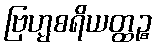
ဗြဟ္မစရိယတ္ထဉ္စ